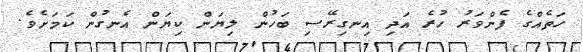
ހަތެއްގެ ފެންވަރު ހުރެ އަދި އިނގިރޭސި ބަހުން ލިޔަން ކިޔަން އެނގުން ކަމަށެވެ.